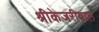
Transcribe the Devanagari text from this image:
श्रीकेजरीवाल